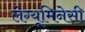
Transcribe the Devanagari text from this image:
लेग्यूमिनेसी